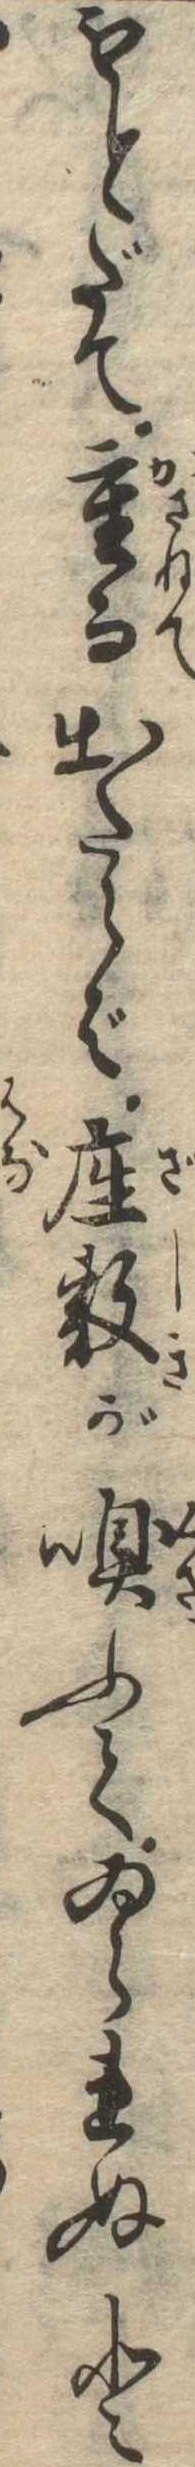
もとだて重而出たらば座敷が嗅ふてゐられぬと